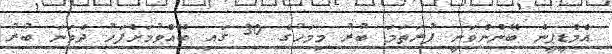
އެމްޑީޕީން ބޭނުންވަނީ ފުރަތަމަ ބުރު މިމަހުގެ 30 ގައި ބޭއްވުމަށްފަހު ދެވަނަ ބުރު